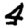
Digit: 4